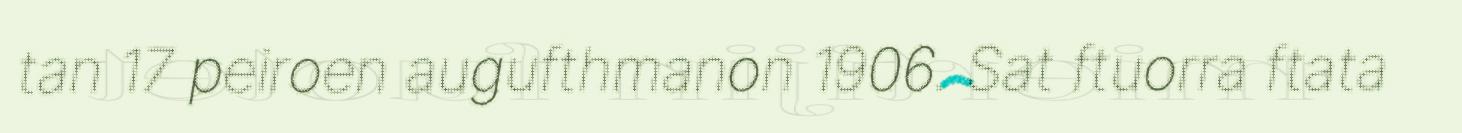
tan 17 peiroen augufthmanon 1906. Sat ftuorra ftata